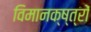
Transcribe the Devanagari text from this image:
विमानक्ष्त्रों